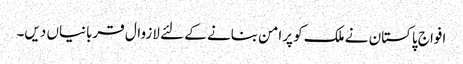
افواج پاکستان نے ملک کو پرامن بنانے کے لئے لازوال قربانیاں دیں۔